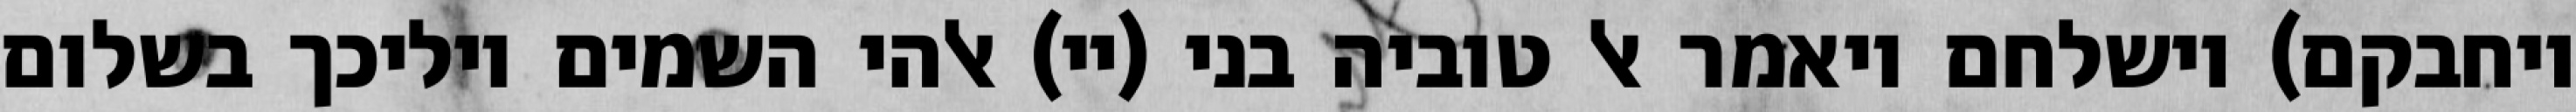
ויחבקם) וישלחם ויאמר אל טוביה בני (יי) אלהי השמים יוליכך בשלום